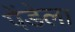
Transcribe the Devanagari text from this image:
पेंडेला